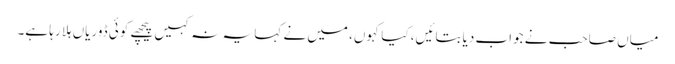
میاں صاحب نے جواب دیا بتائیں، کیا کہوں، میں نے کہا یہ نہ کہیں پیچھے کوئی ڈوریاں ہلا رہا ہے۔